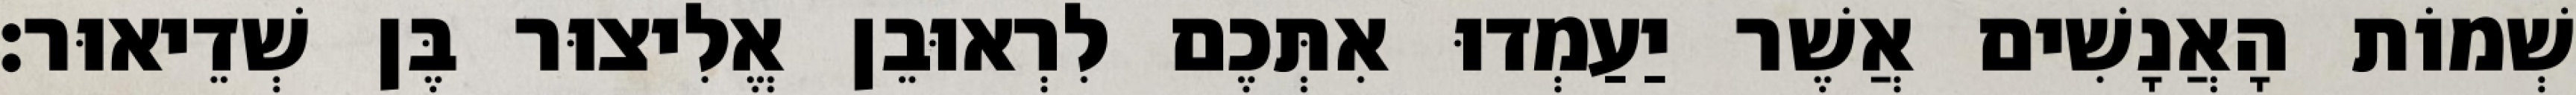
שְׁמוֹת הָאֲנָשִׁים אֲשֶׁר יַעַמְדוּ אִתְּכֶם לִרְאוּבֵן אֱלִיצוּר בֶּן שְׁדֵיאוּר׃